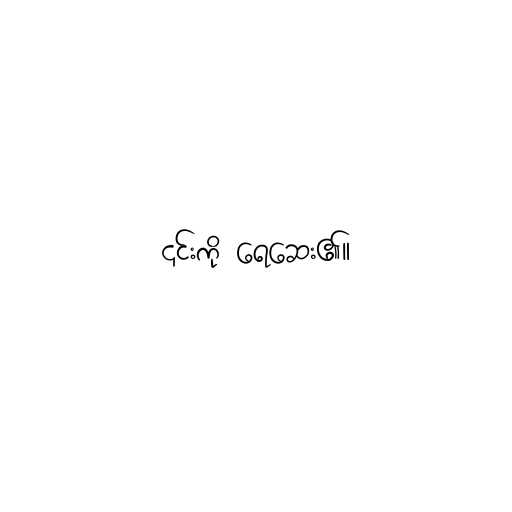
၎င်းကို ရေဆေး၏။